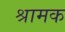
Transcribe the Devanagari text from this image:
श्रामक